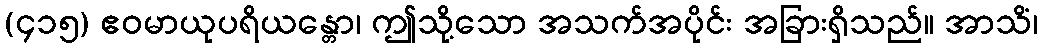
(၄၁၅) ဧဝမာယုပရိယန္တော၊ ဤသို့သော အသက်အပိုင်း အခြားရှိသည်။ အာသိံ၊